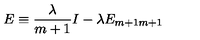
E \equiv \frac { \lambda } { m + 1 } I - \lambda E _ { m + 1 m + 1 }